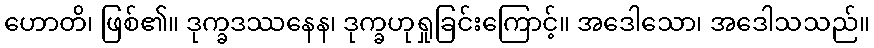
ဟောတိ၊ ဖြစ်၏။ ဒုက္ခဒဿနေန၊ ဒုက္ခဟုရှုခြင်းကြောင့်။ အဒေါသော၊ အဒေါသသည်။